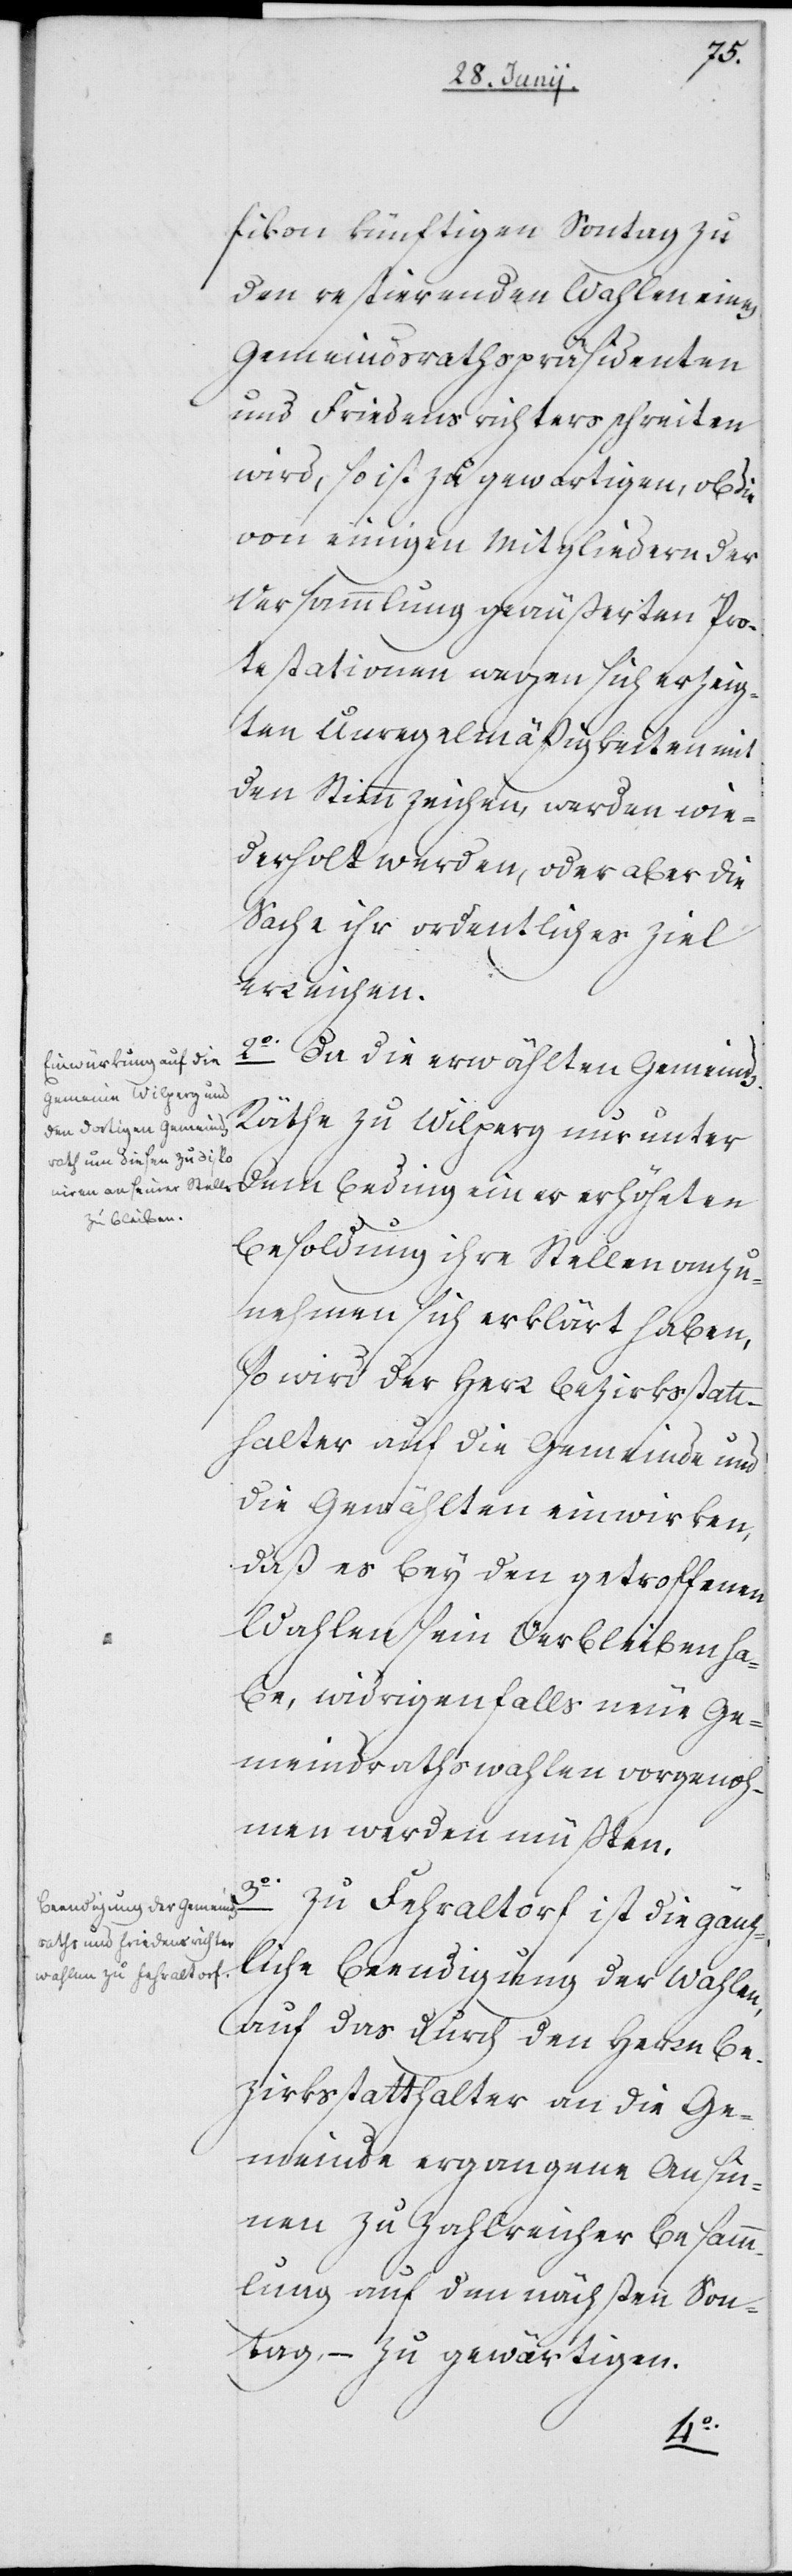
3o.
fikon künftigen Sontag zu
den restirenden Wahlen eines
Gemeindsrathspräsidenten
und Friedensrichters schreiten
wird, so ist zu gewartigen, ob die
von einigen Mitgliedern der
Versammlung geäußerten Pro¬
testationen wegen sich erzeig¬
ten Unregelmäßigkeiten mit
den Stimmzeichen, werden wie¬
derholt werden, oder aber die
Sache ihr ordentliches Ziel
erreichen.
2o. Da die erwählten Gemeind¬
s-Räthe zu Wilperg nur unter
dem Beding einer erhöheten
Besoldung ihre Stellen anzu¬
nehmen sich erklärt haben,
so wird der Herr Bezirksstatt¬
halter auf die Gemeinde und
die Gewählten einwirken,
daß es bey den getroffenen
Wahlen sein Verbleiben ha¬
be, widrigenfalls neue Ge¬
meindrathswahlen vorgenoh¬
men werden müßten.
Zu Fehraltorf ist die gänz¬
liche Beendigung der Wahlen,
auf das durch den Herrn Be¬
zirksstatthalter an die Geme¬
inde ergangene Ansin¬
nen zu zahlreicher Besamm¬
lung auf den nächsten Son¬
tag, – zu gewärtigen.